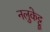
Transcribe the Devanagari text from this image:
नलुकेट्टू